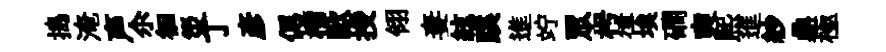
搗淹声尒徊災丁彦偲榴歐授翎妻絃蹊進竚眾枵律埃磵奭熙進紗鼎極